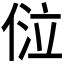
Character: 𠊔